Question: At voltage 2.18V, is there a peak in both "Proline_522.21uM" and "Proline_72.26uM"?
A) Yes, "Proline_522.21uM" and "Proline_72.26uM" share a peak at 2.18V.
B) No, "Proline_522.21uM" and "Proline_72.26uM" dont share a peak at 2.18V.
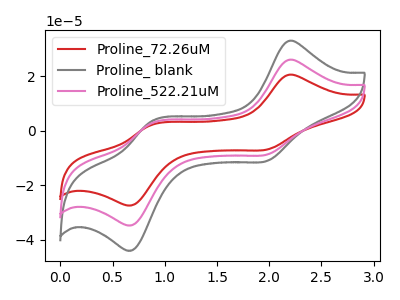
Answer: <think>The red curve "Proline_72.26uM" has anodic peaks at (2.20V, 51.90uA) (0.85V, 5.40uA) and cathodic peaks at (2.00V, -17.35uA) (0.70V, -68.95uA). The gray curve "Proline_ blank" has anodic peaks at (2.20V, 32.85uA) (0.85V, 3.40uA) and cathodic peaks at (2.00V, -11.00uA) (0.70V, -43.65uA). The pink curve "Proline_522.21uM" has anodic peaks at (2.20V, 25.95uA) (0.85V, 2.70uA) and cathodic peaks at (2.00V, -8.70uA) (0.70V, -34.45uA).</think>
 <answer>A) Yes, "Proline_522.21uM" and "Proline_72.26uM" share a peak at 2.18V.</answer>
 <eval>A</eval>